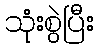
သုံးစွဲပြီး